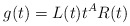
\begin{align*} g(t) = L(t) t^{A} R(t) \end{align*}